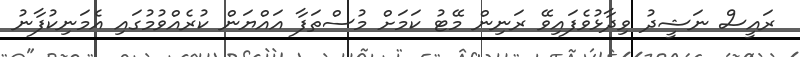
ރައީސް ނަޝީދު ވިދާޅުވެފައިވޭ ރަނިން މޭޓު ކަމަށް މުސްތަފާ އައްޔަން ކުރެއްވުމުގައި އެމަނިކުފާނު